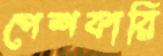
পেশকারি